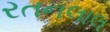
રતનલાલ